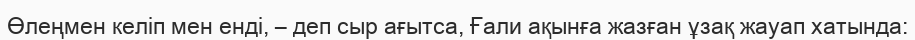
Өлеңмен келіп мен енді, – деп сыр ағытса, Ғали ақынға жазған ұзақ жауап хатында: